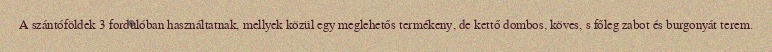
A szántóföldek 3 fordulóban használtatnak, mellyek közül egy meglehetős termékeny, de kettő dombos, köves, s főleg zabot és burgonyát terem.